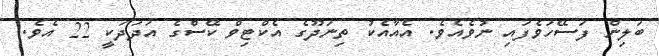
ބަލިން ފަސޭހަވެފައި ނުވެއެވެ. އެއާއެކު ތިނަދޫގެ އެކްޓިވް ކޭސްގެ އަދަދަކީ 22 އެވެ.